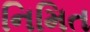
નિમિત